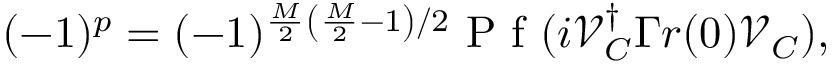
\begin{array} { r } { ( - 1 ) ^ { p } = ( - 1 ) ^ { \frac { M } { 2 } \left( \frac { M } { 2 } - 1 \right) / 2 } \mathrm { ~ P ~ f ~ } ( i \mathcal { V } _ { C } ^ { \dagger } \Gamma r ( 0 ) \mathcal { V } _ { C } ) , } \end{array}